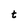
Character: t